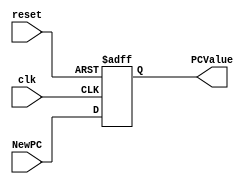
/******************************************************************
* Description
*	This is a register of 32-bit that corresponds to the PC counter. 
*	This register does not have an enable signal.
* Version:
*	1.0
* Author:
*	Dr. Jos Luis Pizano Escalante
* email:
*	luispizano@iteso.mx
* Date:
*	01/03/2014
******************************************************************/

module PC_Register
#(
	parameter N=32
)
(
	input clk,
	input reset,
	input  [N-1:0] NewPC,
	
	
	output reg [N-1:0] PCValue
);

always@(negedge reset or posedge clk) begin
	if(reset==0)
		PCValue <= 0;
	else	
		PCValue<=NewPC;
end

endmodule